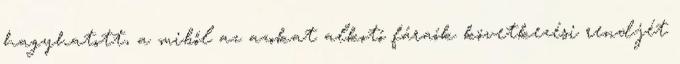
hagyhatott, a miből az azokat alkotó fáraók következési rendjét